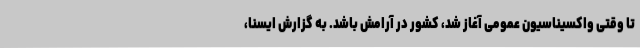
تا وقتی واکسیناسیون عمومی آغاز شد، کشور در آرامش باشد. به گزارش ایسنا،